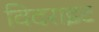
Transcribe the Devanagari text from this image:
विदराइट